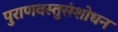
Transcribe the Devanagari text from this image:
पुराणवस्तुसंशोधन